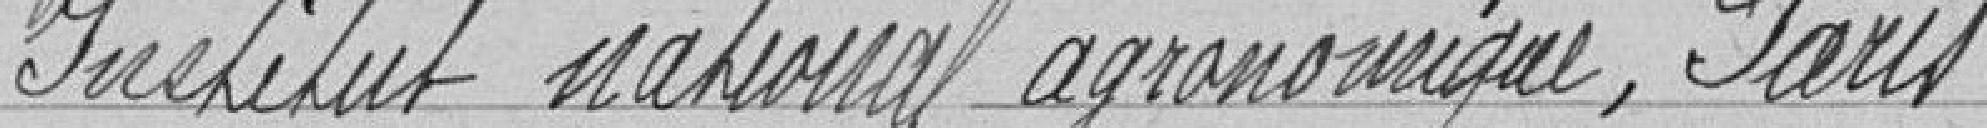
Institut national agronomique Paris